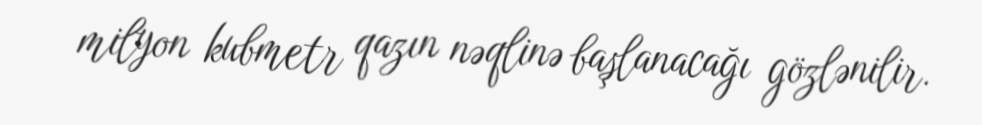
milyon kubmetr qazın nəqlinə başlanacağı gözlənilir.